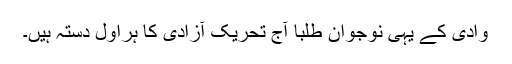
وادی کے یہی نوجوان طلبا آج تحریک آزادی کا ہراول دستہ ہیں۔